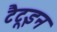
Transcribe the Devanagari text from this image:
टैटूइन